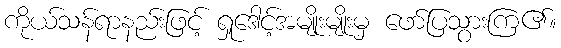
ကိုယ်သန်ရာနည်းဖြင့် ရှုဒေါင့်အမျိုးမျိုးမှ ဖော်ပြသွားကြ၏။